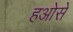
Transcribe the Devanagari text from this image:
हओसे